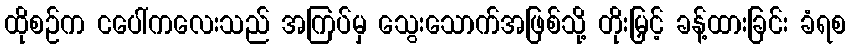
ထိုစဉ်က ငပေါ်ကလေးသည် အကြပ်မှ သွေးသောက်အဖြစ်သို့ တိုးမြှင့် ခန့်ထားခြင်း ခံရစ